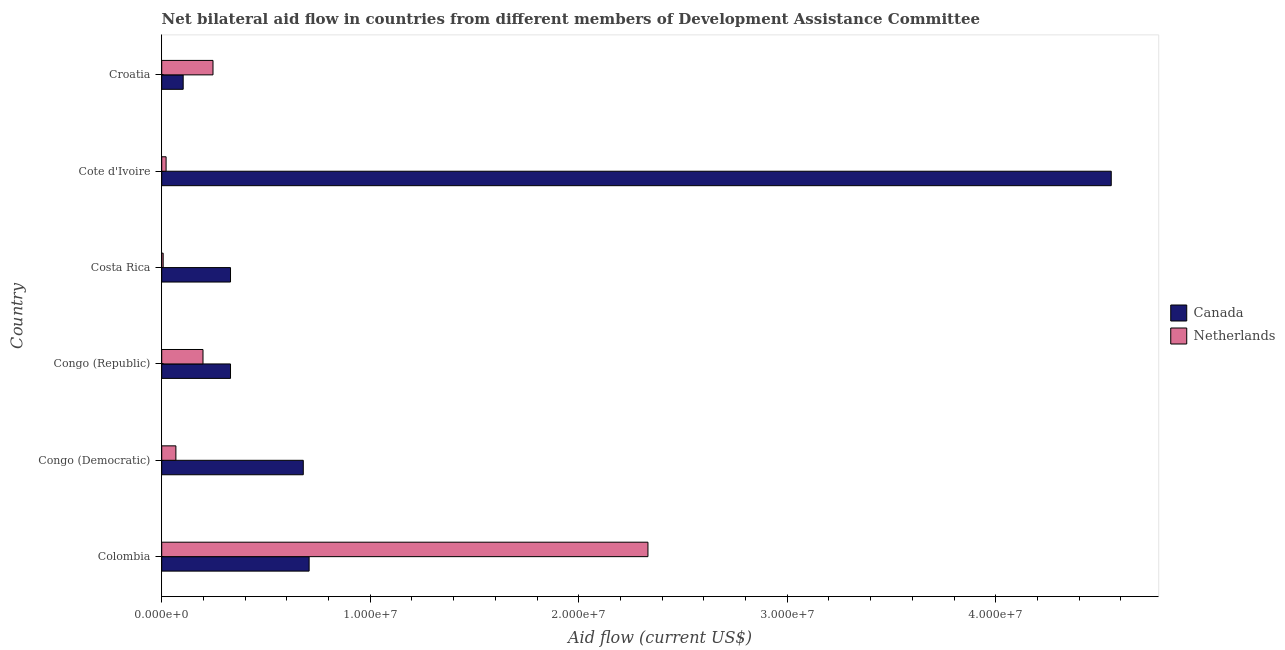
| Country | Canada | Netherlands |
 | --- | --- | --- |
 | Colombia | 7.07e+06 | 2.33e+07 |
 | Congo (Democratic) | 6.79e+06 | 6.8e+05 |
 | Congo (Republic) | 3.3e+06 | 1.98e+06 |
 | Costa Rica | 3.3e+06 | 7e+04 |
 | Cote d'Ivoire | 4.55e+07 | 2.1e+05 |
 | Croatia | 1.03e+06 | 2.46e+06 |